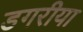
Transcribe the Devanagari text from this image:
डगरीया